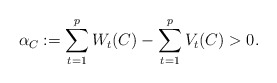
\begin{align*} \alpha_C:=\sum_{t=1}^pW_t(C)-\sum_{t=1}^pV_t(C)>0.\end{align*}